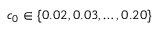
c _ { 0 } \in \{ 0 . 0 2 , 0 . 0 3 , \ldots , 0 . 2 0 \}